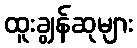
ထူးချွန်ဆုများ